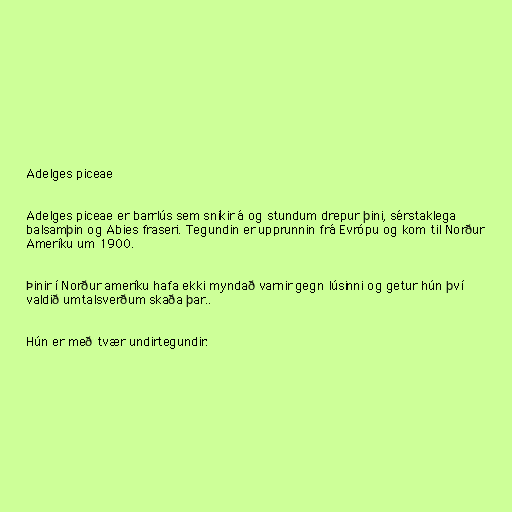
Adelges piceae

Adelges piceae er barrlús sem sníkir á og stundum drepur þini, sérstaklega
balsamþin og Abies fraseri. Tegundin er upprunnin frá Evrópu og kom til Norður
Ameríku um 1900.

Þinir í Norður ameríku hafa ekki myndað varnir gegn lúsinni og getur hún því
valdið umtalsverðum skaða þar..

Hún er með tvær undirtegundir: